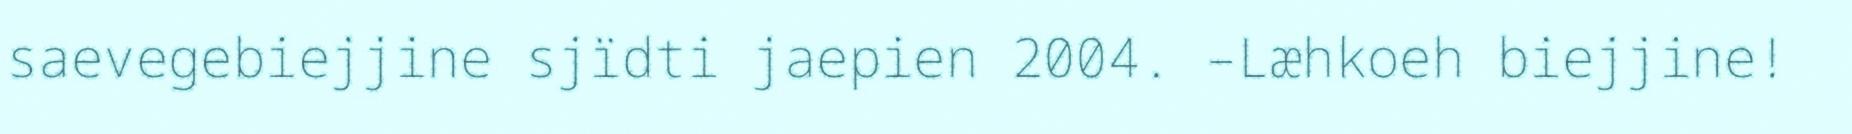
saevegebiejjine sjïdti jaepien 2004. –Læhkoeh biejjine!